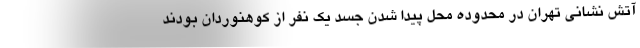
آتش نشانی تهران در محدوده محل پیدا شدن جسد یک نفر از کوهنوردان بودند